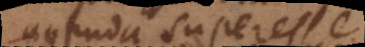
agenda superesse